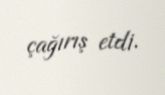
çağırış etdi.